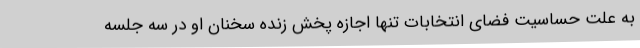
به علت حساسیت فضای انتخابات تنها اجازه پخش زنده سخنان او در سه جلسه